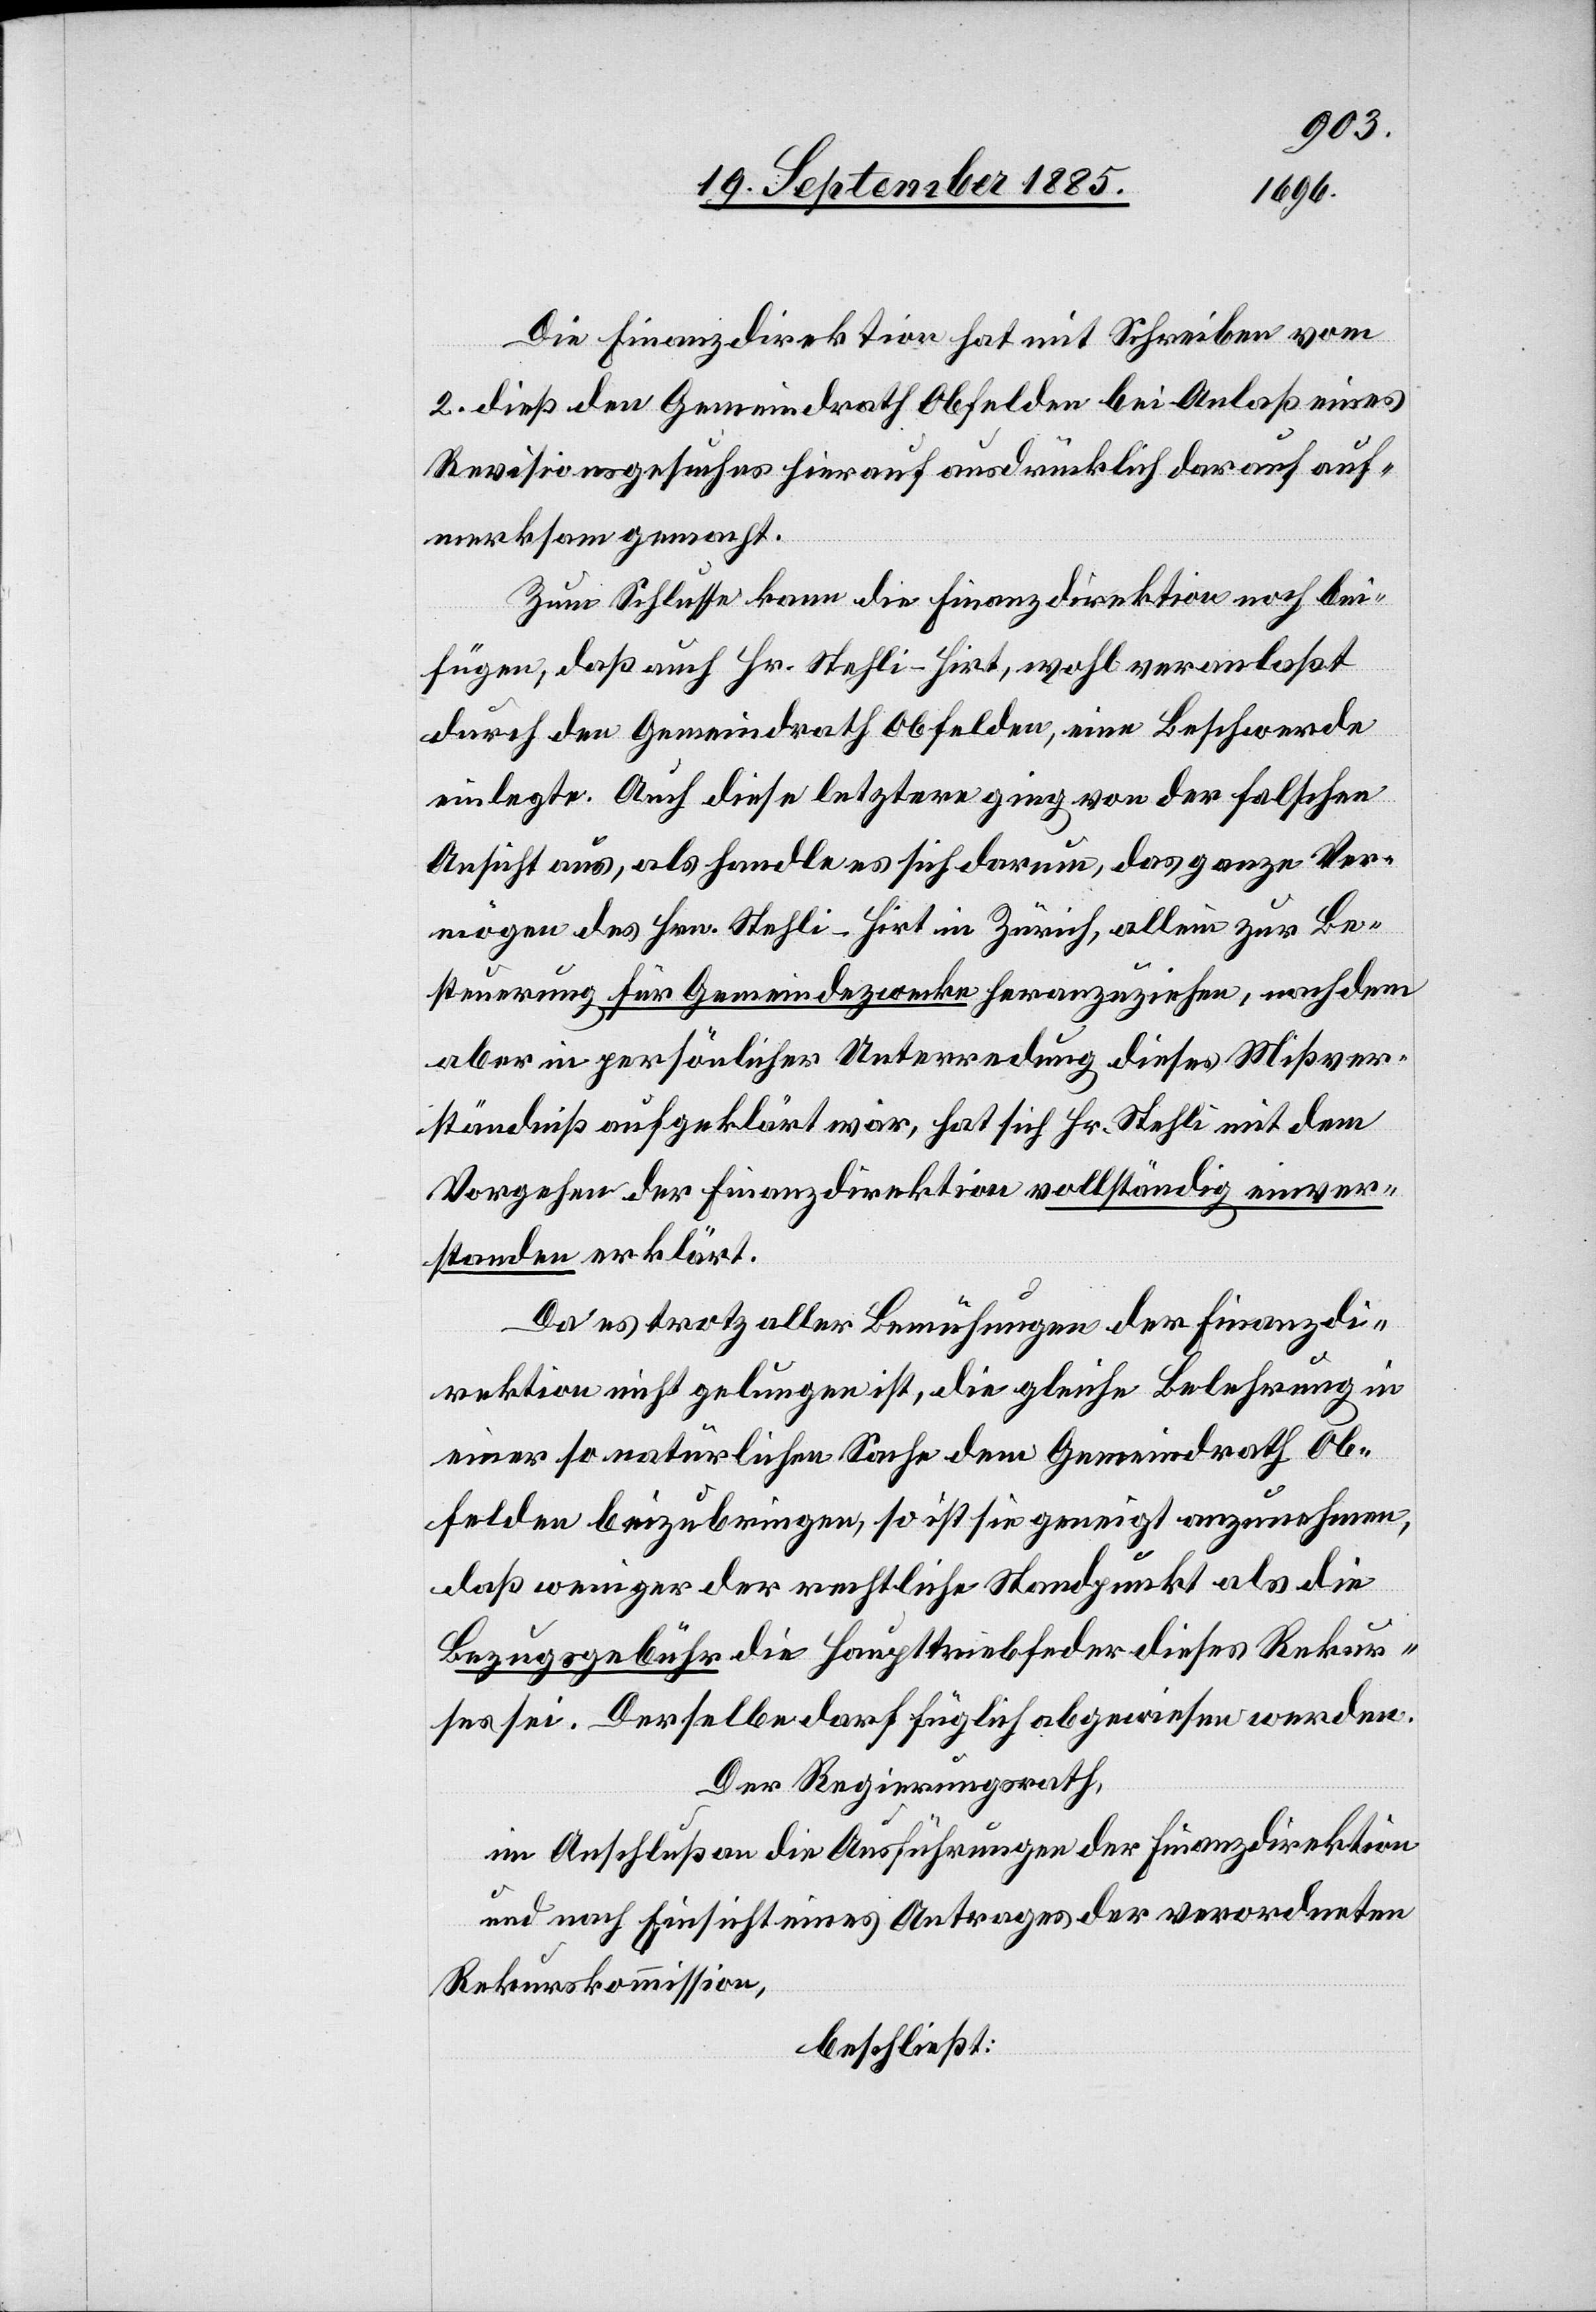
Die Finanzdirektion hat mit Schreiben vom
2. dieß den Gemeindrath Obfelden bei Anlaß eines
Revisionsgesuches hierauf ausdrücklich darauf auf¬
merksam gemacht.
Zum Schlusse kann die Finanzdirektion noch bei¬
fügen, daß auch Hr. Stehli-Hirt, wohl veranlaßt
durch den Gemeindrath Obfelden, eine Beschwerde
einlegte. Auch diese letztere ging von der falschen
Ansicht aus, als handle es sich darum, das ganze Ver¬
mögen des Hrn. Stehli-Hirt in Zürich, allein zur Be¬
steuerung für Gemeindezwecke heranzuziehen, nachdem
aber in persönlicher Unterredung dieses Mißver¬
ständniß aufgeklärt war, hat sich Hr. Stehli mit dem
Vorgehen der Finanzdirektion vollständig einver¬
standen erklärt.
Da es trotz aller Bemühungen der Finanzdi¬
rektion nicht gelungen ist, die gleiche Belehrung in
einer so natürlichen Sache dem Gemeindrath Ob¬
felden beizubringen, so ist sie geneigt anzunehmen,
daß weniger der rechtliche Standpunkt als die
Bezugsgebühr die Haupttriebfeder dieses Rekur¬
ses sei. Derselbe darf füglich abgewiesen werden.
Der Regierungsrath,
im Anschluß an die Ausführungen der Finanzdirektion
und nach Einsicht eines Antrages der verordneten
Rekurskommission,
beschließt: